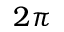
2 \pi